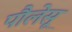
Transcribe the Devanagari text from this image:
पौलेसू